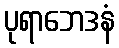
ပုရာဘေဒနံ